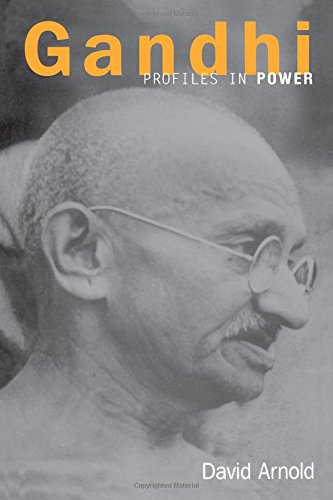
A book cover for Gandhi (Profiles in Power); David Arnold; Religion & Spirituality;